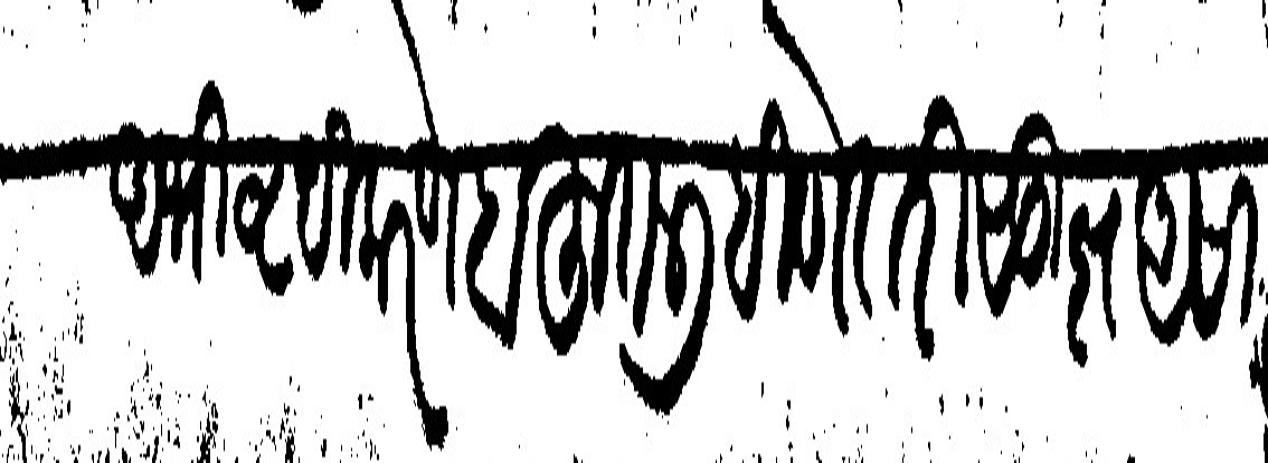
Transliteration (Devanagari): अभिवृधी करणे बहुत लिहिणे तरी सूज्ञ असा